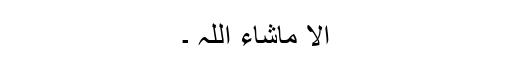
الا ماشاء اللہ ۔